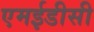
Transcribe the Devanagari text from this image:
एमईडीसी